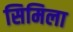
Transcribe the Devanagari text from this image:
सिमिला